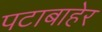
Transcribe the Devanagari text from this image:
पटाबाहेर